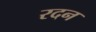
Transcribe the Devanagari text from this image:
रदन